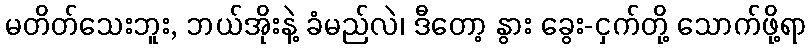
မတိတ်သေးဘူး, ဘယ်အိုးနဲ့ ခံမည်လဲ၊ ဒီတော့ နွား ခွေး-ငှက်တို့ သောက်ဖို့ရာ